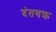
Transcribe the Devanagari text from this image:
दंतवक्र